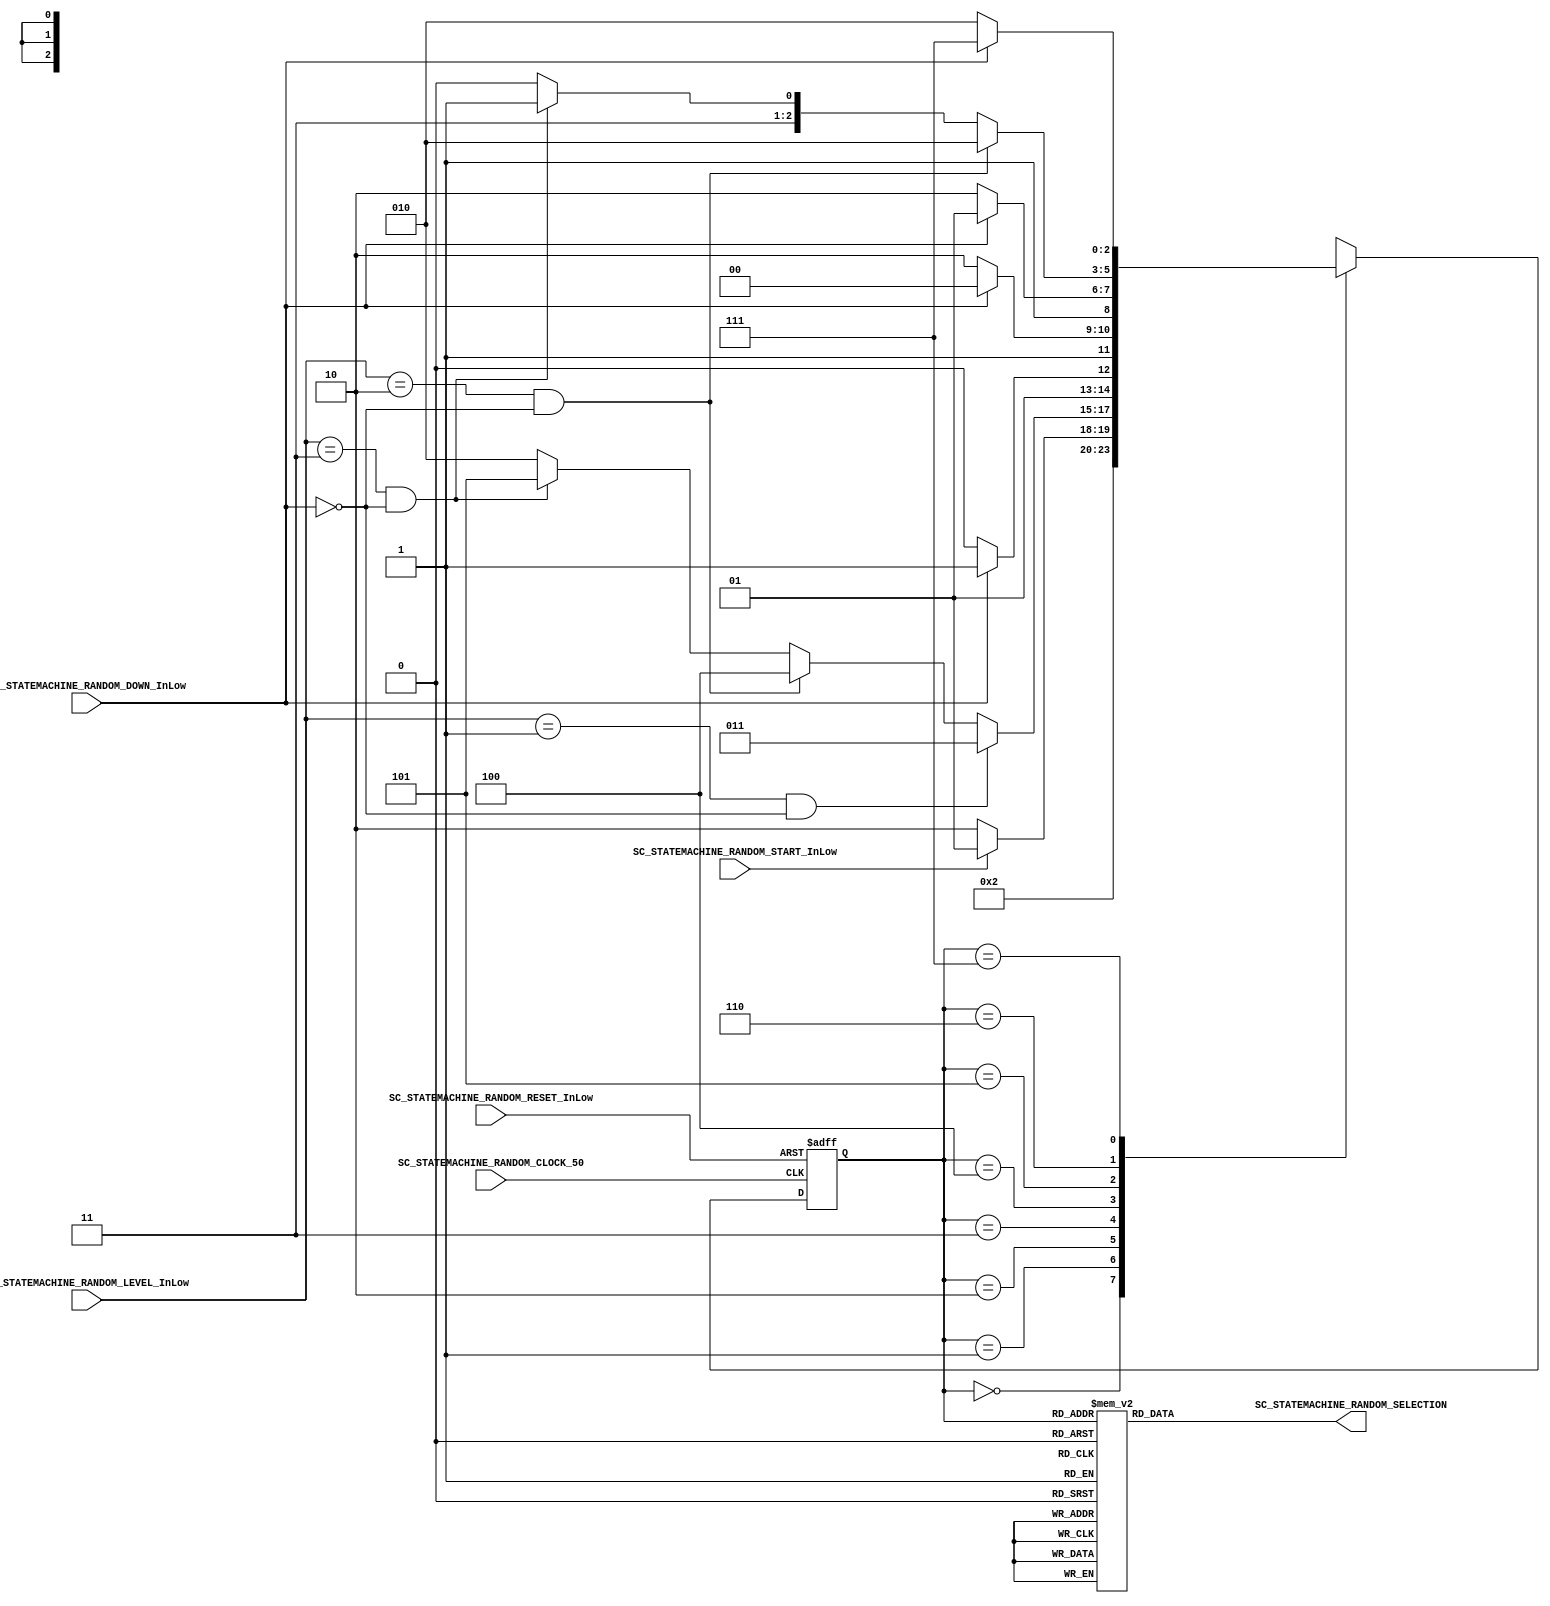

//=======================================================
//  MODULE Definition
//=======================================================

module SC_STATEMACHINE_RANDOM
(

	SC_STATEMACHINE_RANDOM_CLOCK_50,
	SC_STATEMACHINE_RANDOM_RESET_InLow,
	SC_STATEMACHINE_RANDOM_START_InLow,
	SC_STATEMACHINE_RANDOM_DOWN_InLow,
	SC_STATEMACHINE_RANDOM_LEVEL_InLow,
	
	SC_STATEMACHINE_RANDOM_SELECTION

);

//=======================================================
//  PARAMETER declarations
//=======================================================

parameter St_RESET   = 3'b000;
parameter St_START   = 3'b001;
parameter St_READY   = 3'b010;
parameter St_LEVEL1 	= 3'b011;
parameter St_LEVEL2  = 3'b100;
parameter St_LEVEL3  = 3'b101;
parameter St_LEVEL0  = 3'b110;
parameter St_LEVEL00 = 3'b111;
		
//=======================================================
//  PORT declarations
//=======================================================
 
input SC_STATEMACHINE_RANDOM_CLOCK_50;
input	SC_STATEMACHINE_RANDOM_RESET_InLow;
input	SC_STATEMACHINE_RANDOM_START_InLow;

input	SC_STATEMACHINE_RANDOM_DOWN_InLow;
input[1:0]	SC_STATEMACHINE_RANDOM_LEVEL_InLow;
	
output reg	SC_STATEMACHINE_RANDOM_SELECTION;

//=======================================================
//  REG/WIRE declarations
//=======================================================

reg [2:0] St_Register;
reg [2:0] St_Signal;

//=======================================================
//  Structural coding
//=======================================================
	
//-------INPUT LOGIC: COMBINATIONAL-----------------------------
// NEXT STATE LOGIC : COMBINATIONAL
	
always @(*)

begin 
	
	case(St_Register)
	
   St_RESET: St_Signal = St_START;

	St_START: if(SC_STATEMACHINE_RANDOM_START_InLow == 1'b0)
					St_Signal = St_READY;
				else 
					St_Signal = St_START; 

	St_READY: if(SC_STATEMACHINE_RANDOM_LEVEL_InLow == 2'b01 && SC_STATEMACHINE_RANDOM_DOWN_InLow == 1'b0)
					St_Signal = St_LEVEL1;
				 else if(SC_STATEMACHINE_RANDOM_LEVEL_InLow == 2'b10 && SC_STATEMACHINE_RANDOM_DOWN_InLow == 1'b0)
					St_Signal = St_LEVEL2;
				 else if(SC_STATEMACHINE_RANDOM_LEVEL_InLow == 2'b11 && SC_STATEMACHINE_RANDOM_DOWN_InLow == 1'b0)
					St_Signal = St_LEVEL3;
				 else
					St_Signal = St_READY;
					
	St_LEVEL1: if(SC_STATEMACHINE_RANDOM_DOWN_InLow == 1'b0)
						St_Signal = St_READY;
				  else
						St_Signal = St_LEVEL1;
	
   St_LEVEL2: if(SC_STATEMACHINE_RANDOM_DOWN_InLow == 1'b0)
						St_Signal = St_LEVEL0;
				  else
						St_Signal = St_LEVEL2;
	
   St_LEVEL3: if(SC_STATEMACHINE_RANDOM_DOWN_InLow == 1'b0)
						St_Signal = St_LEVEL0;
				  else
						St_Signal = St_LEVEL3;
						
	St_LEVEL0: if(SC_STATEMACHINE_RANDOM_LEVEL_InLow == 2'b10 && SC_STATEMACHINE_RANDOM_DOWN_InLow == 1'b0)
						St_Signal = St_READY;
				  else if(SC_STATEMACHINE_RANDOM_LEVEL_InLow == 2'b11 && SC_STATEMACHINE_RANDOM_DOWN_InLow == 1'b0)
						St_Signal = St_LEVEL00;
				  else
						St_Signal = St_LEVEL0;
						
	St_LEVEL00: if(SC_STATEMACHINE_RANDOM_DOWN_InLow == 1'b0)
						St_Signal = St_READY;
				  else
						St_Signal = St_LEVEL00;
					
	default: St_Signal = St_RESET;

	endcase
end
	
//-------STATE REGISTER : SEQUENTIAL----------------------------

always @(posedge SC_STATEMACHINE_RANDOM_CLOCK_50,negedge SC_STATEMACHINE_RANDOM_RESET_InLow)
	
	if (SC_STATEMACHINE_RANDOM_RESET_InLow == 1'b0)
		St_Register <= St_RESET;
	else
		St_Register <= St_Signal;
	
//=======================================================
//  Outputs
//=======================================================
//-----------OUTPUT LOGIC : COMBINATIONAL -------------------------	
	
always @(*)
	
begin 
	
	case(St_Register)
	
	St_RESET:
	begin
   SC_STATEMACHINE_RANDOM_SELECTION = 1'b0;
	end
	
	St_START:
	begin
   SC_STATEMACHINE_RANDOM_SELECTION = 1'b0;
	end
	
	St_READY:
	begin
   SC_STATEMACHINE_RANDOM_SELECTION = 1'b1;
	end
	
	St_LEVEL1:
	begin
   SC_STATEMACHINE_RANDOM_SELECTION = 1'b0;
	end
	
	St_LEVEL2:
	begin
   SC_STATEMACHINE_RANDOM_SELECTION = 1'b0;
	end
	
	St_LEVEL3:
	begin
   SC_STATEMACHINE_RANDOM_SELECTION = 1'b0;
	end
	
	St_LEVEL0:
	begin
   SC_STATEMACHINE_RANDOM_SELECTION = 1'b0;
	end
	
	St_LEVEL00:
	begin
   SC_STATEMACHINE_RANDOM_SELECTION = 1'b0;
	end

	default :
	begin
   SC_STATEMACHINE_RANDOM_SELECTION = 1'b0;
	end	
	
	endcase
end

endmodule